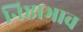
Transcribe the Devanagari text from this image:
निष्ठाभाव